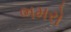
ભમરો